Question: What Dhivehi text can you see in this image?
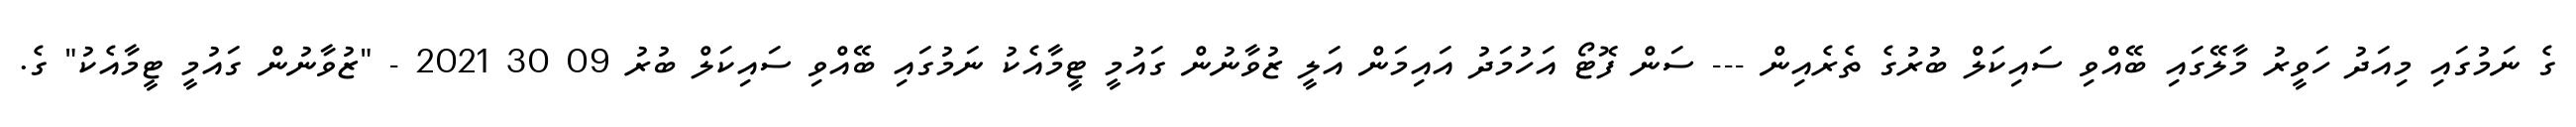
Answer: ގެ ނަމުގައި މިއަދު ހަވީރު މާލޭގައި ބޭއްވި ސައިކަލް ބުރުގެ ތެރެއިން --- ސަން ފޮޓޯ އަހުމަދު އައިމަން އަލީ ޒުވާނުން ގައުމީ ޓީމާއެކު ނަމުގައި ބޭއްވި ސައިކަލް ބުރު 09 30 2021 - "ޒުވާނުން ގައުމީ ޓީމާއެކު" ގެ.